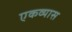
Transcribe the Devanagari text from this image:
एकव्यास